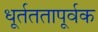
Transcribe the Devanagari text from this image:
धूर्तततापूर्वक